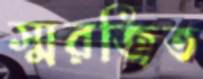
স্মরজিত